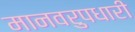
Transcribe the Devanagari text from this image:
मानवरुपधारी